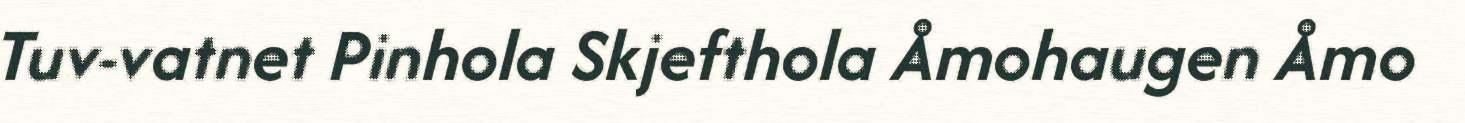
Tuv-vatnet Pinhola Skjefthola Åmohaugen Åmo